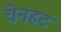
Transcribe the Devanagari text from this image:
चेनहट